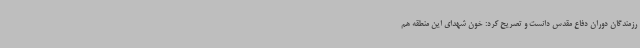
رزمندگان دوران دفاع مقدس دانست و تصریح کرد: خون شهدای این منطقه هم